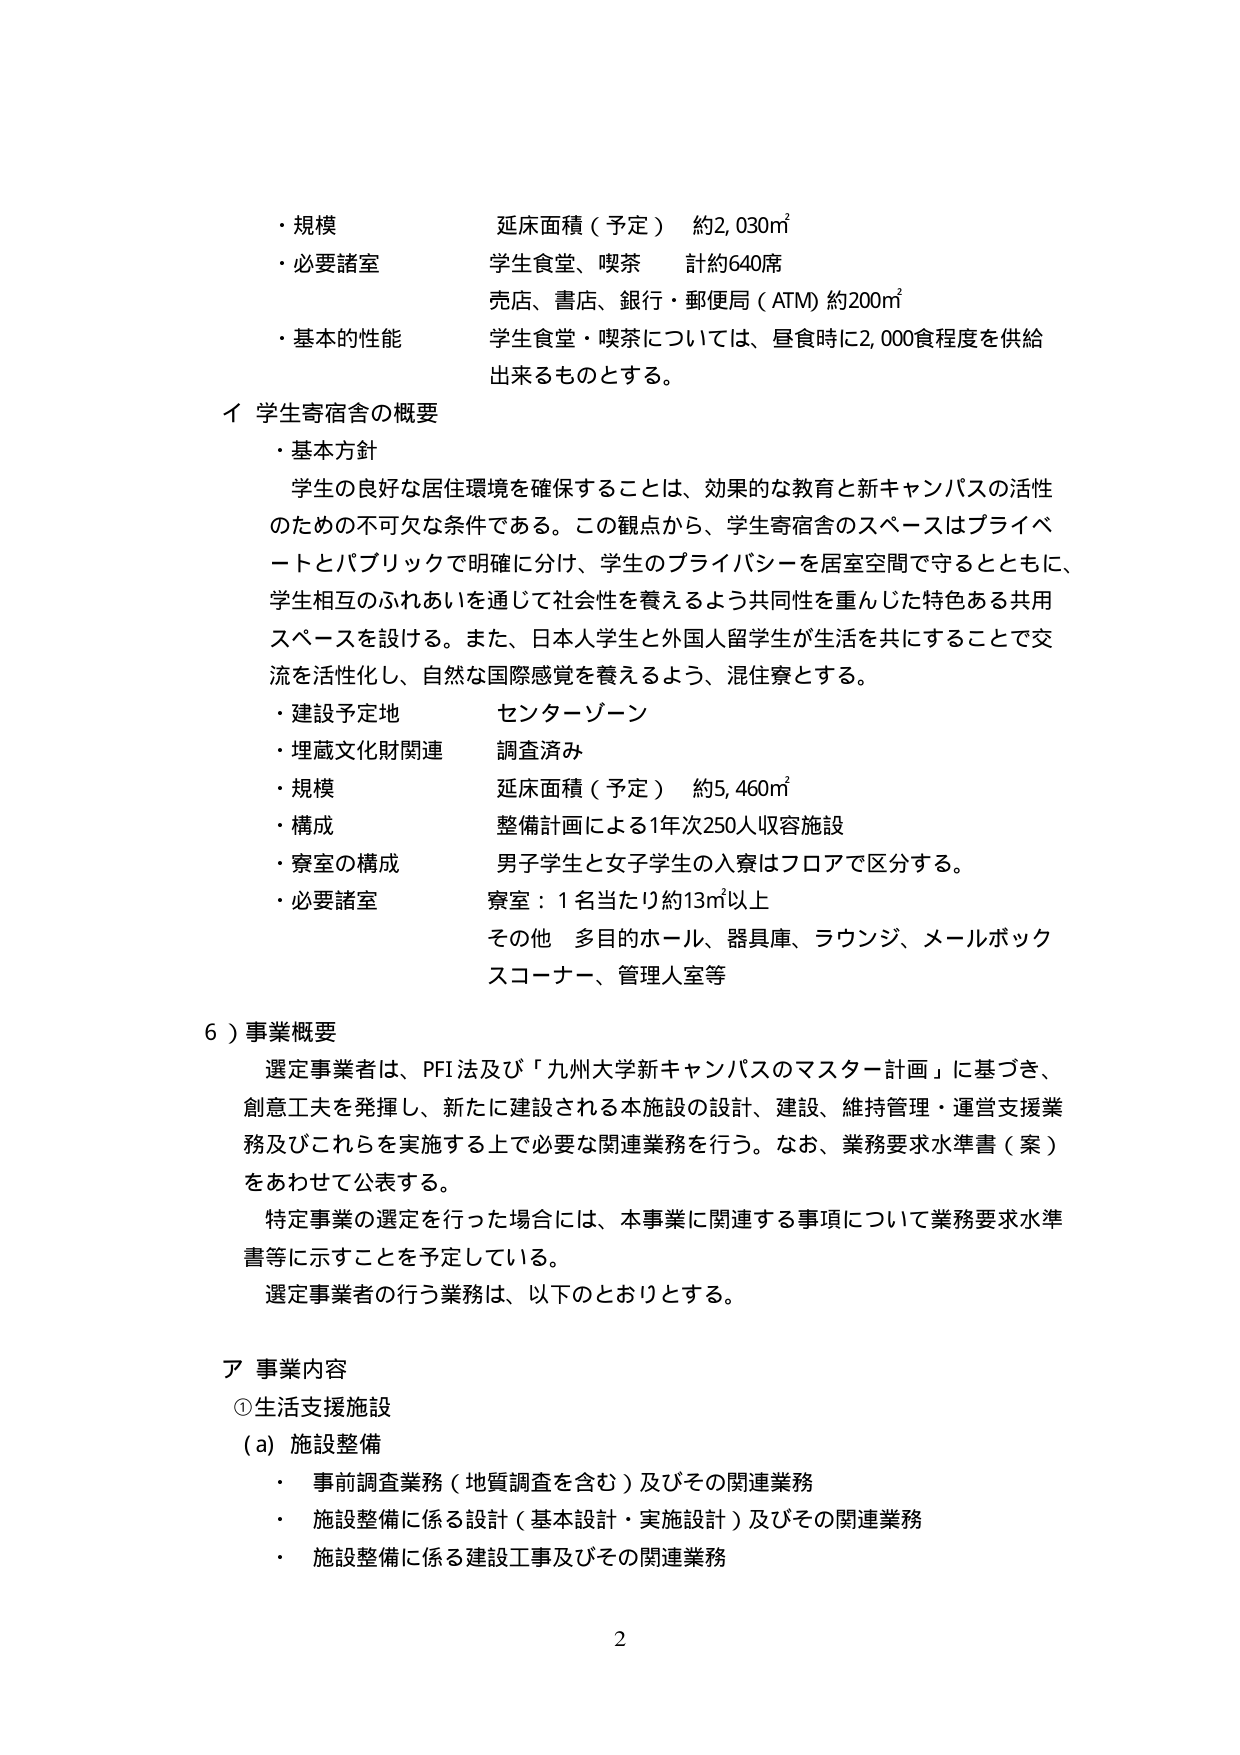
・規模 延床面積（予定） 約2,030㎡
・必要諸室 学生食堂、喫茶 計約640席
　　　　　　売店、書店、銀行・郵便局（ATM）約200㎡
・基本的性能 学生食堂・喫茶については、昼食時に2,000食程度を供給
　　　　　　　出来るものとする。

イ 学生寄宿舎の概要
　・基本方針
　　学生の良好な居住環境を確保することは、効果的な教育と新キャンパスの活性
　　のための不可欠な条件である。この観点から、学生寄宿舎のスペースはプライベ
　　ートとパブリックで明確に分け、学生のプライバシーを居室空間で守るとともに、
　　学生相互のふれあいを通じて社会性を養えるよう共同性を重んじた特色ある共用
　　スペースを設ける。また、日本人学生と外国人留学生が生活を共にすることで交
　　流を活性化し、自然な国際感覚を養えるよう、混住寮とする。
　・建設予定地 センターゾーン
　・埋蔵文化財関連 調査済み
　・規模 延床面積（予定） 約5,460㎡
　・構成 整備計画による1年次250人収容施設
　・寮室の構成 男子学生と女子学生の入寮はフロアで区分する。
　・必要諸室 寮室：1名当たり約13㎡以上
　　　　　　その他 多目的ホール、器具庫、ラウンジ、メールボック
　　　　　　　　　スコーナー、管理人室等

6）事業概要
　選定事業者は、PFI法及び「九州大学新キャンパスのマスター計画」に基づき、
　創意工夫を発揮し、新たに建設される本施設の設計、建設、維持管理・運営支援業
　務及びこれらを実施する上で必要な関連業務を行う。なお、業務要求水準書（案）
　をあわせて公表する。
　特定事業の選定を行った場合には、本事業に関連する事項について業務要求水準
　書等に示すことを予定している。
　選定事業者の行う業務は、以下のとおりとする。

ア 事業内容
①生活支援施設
　（a）施設整備
　　・ 事前調査業務（地質調査を含む）及びその関連業務
　　・ 施設整備に係る設計（基本設計・実施設計）及びその関連業務
　　・ 施設整備に係る建設工事及びその関連業務

2